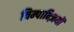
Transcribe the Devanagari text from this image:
चिम्पान्ज़ियों